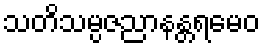
သတိသမ္ပဇညာနန္တရမေဝ